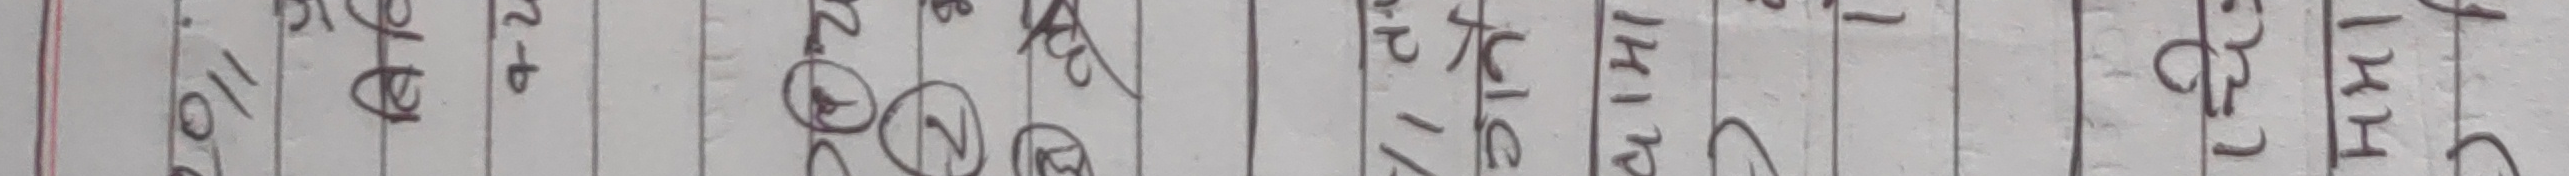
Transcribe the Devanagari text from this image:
खुर्चो बुढी प्राईवेट लि. प्रा. लि. १६/१/२ ३ कोठा ५-२९